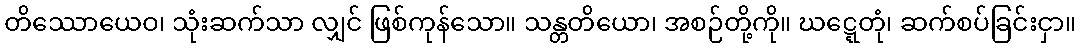
တိဿောယေဝ၊ သုံးဆက်သာ လျှင် ဖြစ်ကုန်သော။ သန္တတိယော၊ အစဉ်တို့ကို။ ဃဋ္ဋေတုံ၊ ဆက်စပ်ခြင်းငှာ။